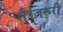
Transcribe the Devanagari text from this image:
ग़ैरज़रूरी